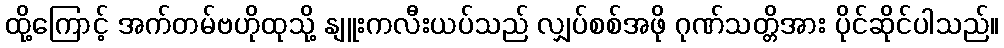
ထို့ကြောင့် အက်တမ်ဗဟိုထုသို့ နျူးကလီးယပ်သည် လျှပ်စစ်အဖို ဂုဏ်သတ္တိအား ပိုင်ဆိုင်ပါသည်။